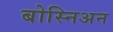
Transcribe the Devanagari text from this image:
बोस्निअन